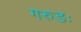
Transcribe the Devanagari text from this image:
गरुडः